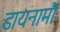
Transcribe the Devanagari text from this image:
डायनामौ